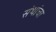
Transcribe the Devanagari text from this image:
संथांचा